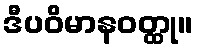
ဒီပဝိမာနဝတ္ထု။